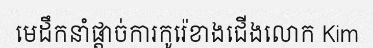
មេដឹកនាំផ្តាច់ការកូរ៉េខាងជើងលោក Kim